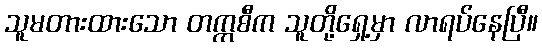
သူမတားထားသော တက္ကစီက သူတို့ရှေ့မှာ လာရပ်နေပြီ။